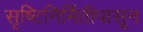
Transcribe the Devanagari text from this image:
सृष्टिनिर्मितीपासून